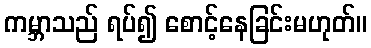
ကမ္ဘာသည် ရပ်၍ စောင့်နေခြင်းမဟုတ်။